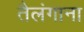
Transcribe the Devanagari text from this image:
तैलंगाना